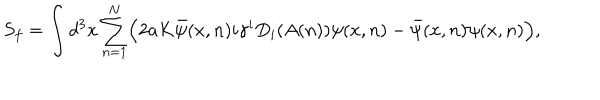
LaTeX: S _ { f } = \int d ^ { 3 } x \sum _ { n = 1 } ^ { N } \Bigl ( 2 a K \bar { \psi } ( x , n ) i \gamma ^ { i } D _ { i } ( A ( n ) ) \psi ( x , n ) - \bar { \psi } ( x , n ) \psi ( x , n ) \Bigr ) ,